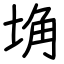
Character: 埆